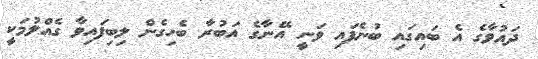
ދައުވާގެ އެ ބައިގައި ބުނެފައި ވަނީ އޭނާގެ އަބުރާ ބެހިގެން ލިބިފައިވާ ގެއްލުމަކީ